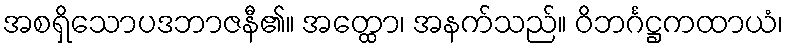
အစရှိသောပဒဘာဇနီ၏။ အတ္ထော၊ အနက်သည်။ ဝိဘင်္ဂဋ္ဌကထာယံ၊